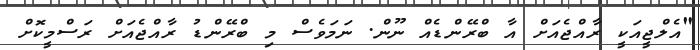
"އެލްޖީއަކީ ރާއްޖެއަށް އާ ބްރޭންޑެއް ނޫން. ނަމަވެސް މި ބްރޭންޑު ރާއްޖެއަށް ރަސްމީކޮށް